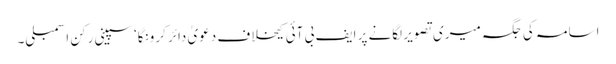
اسامہ کی جگہ میری تصویر لگانے پر ایف بی آئی کیخلاف دعویٰ دائر کرونگا‘ سپینی رکن اسمبلی۔